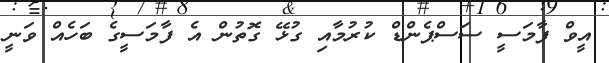
އީވް ފާމަސީ ސަސްޕެންޑް ކުރުމާއި ގުޅޭ ގޮތުން އެ ފާމަސީގެ ބަހެއް ވަނީ